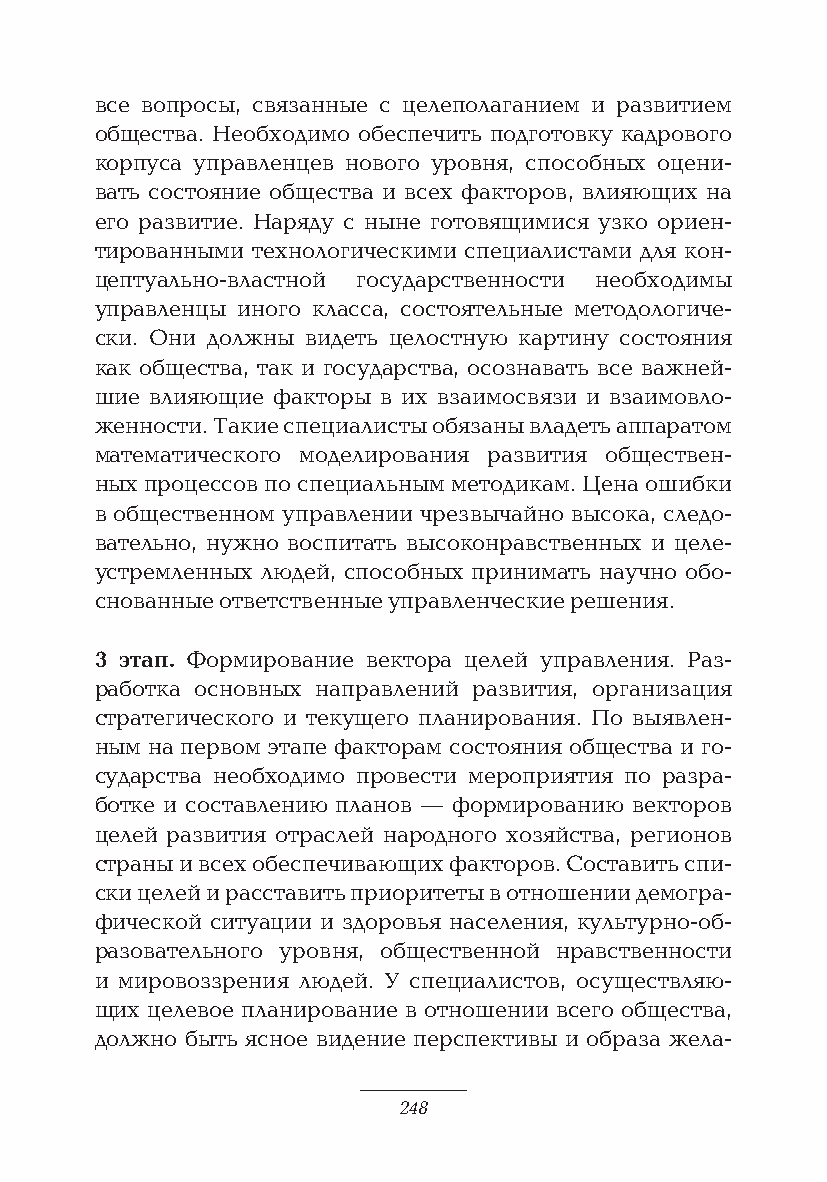
все вопросы, связанные с целеполаганием и развитием
 общества. Необходимо обеспечить подготовку кадрового
 корпуса управленцев нового уровня, способных оцени-
 вать состояние общества и всех факторов, влияющих на
 его развитие. Наряду с ныне готовящимися узко ориен-
 тированными технологическими специалистами для кон-
 цептуально-властной государственности необходимы
 управленцы иного класса, состоятельные методологиче-
 ски. Они должны видеть целостную картину состояния
 как общества, так и государства, осознавать все важней-
 шие влияющие факторы в их взаимосвязи и взаимовло-
 женности. Такие специалисты обязаны владеть аппаратом
 математического моделирования развития обществен-
 ных процессов по специальным методикам. Цена ошибки
 в общественном управлении чрезвычайно высока, следо-
 вательно, нужно воспитать высоконравственных и целе-
 устремленных людей, способных принимать научно обо-
 снованные ответственные управленческие решения.
 3 этап. Формирование вектора целей управления. Раз-
 работка основных направлений развития, организация
 стратегического и текущего планирования. По выявлен-
 ным на первом этапе факторам состояния общества и го-
 сударства необходимо провести мероприятия по разра-
 ботке и составлению планов — формированию векторов
 целей развития отраслей народного хозяйства, регионов
 страны и всех обеспечивающих факторов. Составить спи-
 ски целей и расставить приоритеты в отношении демогра-
 фической ситуации и здоровья населения, культурно-об-
 разовательного уровня, общественной нравственности
 и мировоззрения людей. У специалистов, осуществляю-
 щих целевое планирование в отношении всего общества,
 должно быть ясное видение перспективы и образа жела-
 248